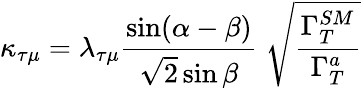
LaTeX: \kappa_{\tau\mu}=\lambda_{\tau\mu}\frac{\sin(\alpha-\beta)}{\sqrt{2}\sin\beta}\; \sqrt{\frac{\Gamma_{T}^{SM}}{\Gamma_{T}^{a}}}